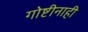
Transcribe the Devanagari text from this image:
गोष्टीनाही